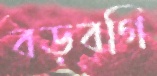
বড়বগি